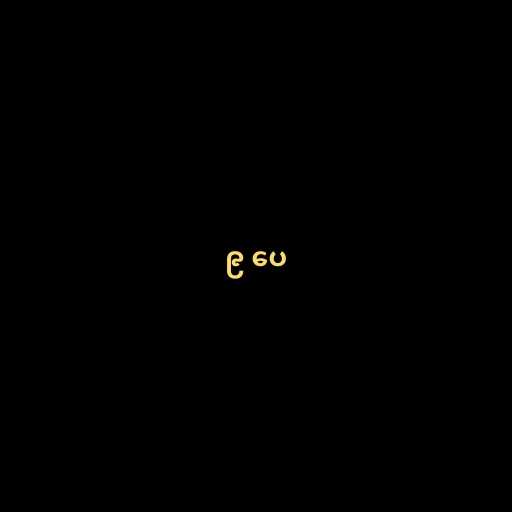
၉ ပေ